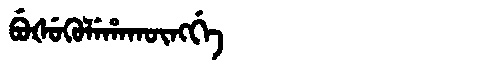
Manchu: ᠪᡠᡧᡠᡴᡠᠯᡝᡥᠠᡴᡡᠩᡤᡝ
Romanization: BUŠUKULEHAKŪNGGE